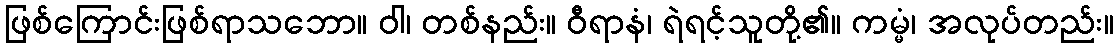
ဖြစ်ကြောင်းဖြစ်ရာသဘော။ ဝါ၊ တစ်နည်း။ ဝီရာနံ၊ ရဲရင့်သူတို့၏။ ကမ္မံ၊ အလုပ်တည်း။